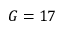
G = 1 7